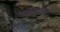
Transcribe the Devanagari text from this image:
एम्बोलिसतिओन